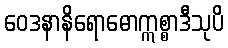
ဝေဒနာနိရောဓောဣစ္စာဒီသုပိ